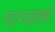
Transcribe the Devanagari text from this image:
मानववर्ष